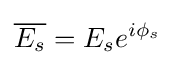
{\overline {E_{s}}}=E_{s}e^{i\phi _{s}}